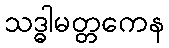
သဒ္ဓါမတ္တကေန